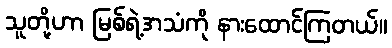
သူတို့ဟာ မြစ်ရဲ့အသံကို နားထောင်ကြတယ်။